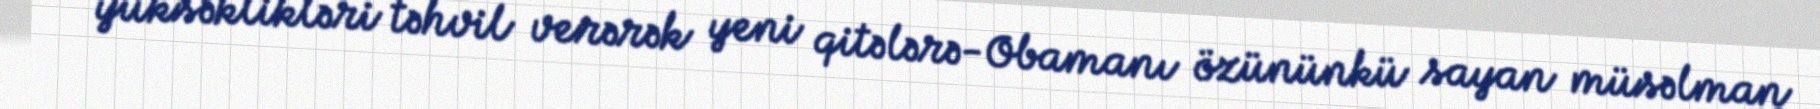
yüksəklikləri təhvil verərək yeni qitələrə-Obamanı özününkü sayan müsəlman